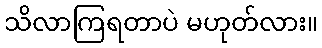
သိလာကြရတာပဲ မဟုတ်လား။